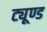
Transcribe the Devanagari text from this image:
ट्यूण्ड